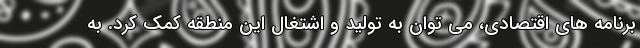
برنامه های اقتصادی، می توان به تولید و اشتغال این منطقه کمک کرد. به